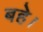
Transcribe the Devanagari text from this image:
बहे।